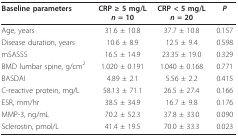
<table><thead><tr><td><b>Baseline parameters</b></td><td><b>CRP ≥ 5 mg/L<i>n </i>= 10</b></td><td><b>CRP &lt; 5 mg/L<i>n </i>= 20</b></td><td><b><i>P</i></b></td></tr></thead><tbody><tr><td>Age, years</td><td>31.6 ± 10.8</td><td>37.7 ± 10.8</td><td>0.157</td></tr><tr><td>Disease duration, years</td><td>10.6 ± 8.9</td><td>12.5 ± 9.4</td><td>0.598</td></tr><tr><td>mSASSS</td><td>16.5 ± 14.9</td><td>23.35 ± 19.0</td><td>0.329</td></tr><tr><td>BMD lumbar spine, g/cm<sup>2</sup></td><td>1.020 ± 0.191</td><td>1.040 ± 0.168</td><td>0.771</td></tr><tr><td>BASDAI</td><td>4.89 ± 2.1</td><td>5.56 ± 2.2</td><td>0.415</td></tr><tr><td>C-reactive protein, mg/L</td><td>58.13 ± 71.1</td><td>26.5 ± 27.4</td><td>0.166</td></tr><tr><td>ESR, mm/hr</td><td>38.5 ± 34.9</td><td>16.7 ± 9.8</td><td>0.176</td></tr><tr><td>MMP-3, ng/mL</td><td>70.2 ± 52.3</td><td>37.8 ± 33.0</td><td>0.090</td></tr><tr><td>Sclerostin, pmol/L</td><td>41.4 ± 19.5</td><td>70.0 ± 33.3</td><td>0.023</td></tr></tbody></table>